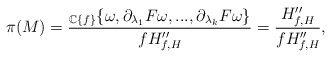
\begin{align*}\pi(M)=\frac{_{\mathbb{C}\{f\}}\{\omega,\partial_{\lambda_1}F\omega,...,\partial_{\lambda_k}F\omega\}}{fH''_{f,H}}=\frac{H''_{f,H}}{fH''_{f,H}},\end{align*}